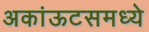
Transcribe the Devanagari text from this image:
अकांऊटसमध्ये